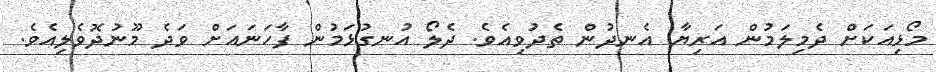
މޯޅިއަކަށް ދެމިލަމުން އަރިޔާ އެނދުން ތެދުވިއެވެ. ދެލޯ އުނގުޅަމުން ފާހަނައަށް ވަދެ މޫނުދޮވެލިއެވެ.